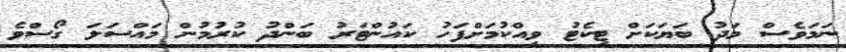
ނަމަވެސް މަދު ބަޔަކަށް ޓިކެޓު ވިއްކުމަށްފަހު ކައުންޓަރު ބަންދު ކުރުމުން މައްސަލަ ގޯސްވެ